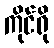
ကိုင်ရို